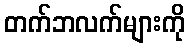
တက်ဘလက်များကို